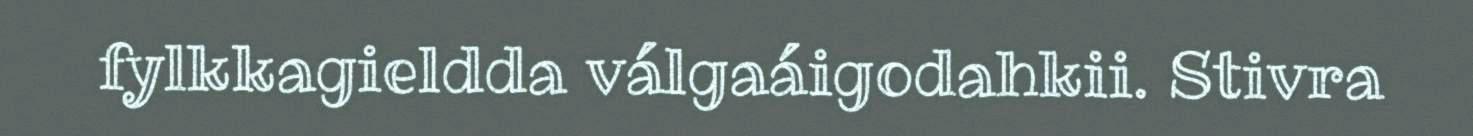
fylkkagieldda válgaáigodahkii. Stivra